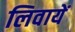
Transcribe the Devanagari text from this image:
लिवायें